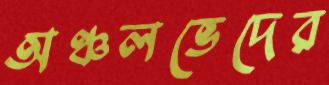
অঞ্চলভেদের